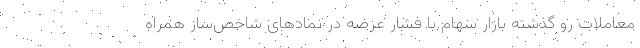
معاملات رو گذشته بازار سهام با فشار عرضه در نماد‌های شاخص‌ساز همراه